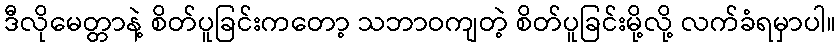
ဒီလိုမေတ္တာနဲ့ စိတ်ပူခြင်းကတော့ သဘာဝကျတဲ့ စိတ်ပူခြင်းမို့လို့ လက်ခံရမှာပါ။